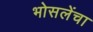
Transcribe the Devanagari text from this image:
भोसलेंचा